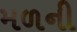
મળની